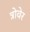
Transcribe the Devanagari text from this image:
त्रोवेर